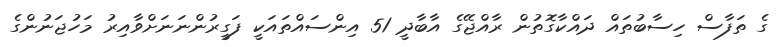
ގެ ތަފާސް ހިސާބުތައް ދައްކާގޮތުން ރާއްޖޭގެ އާބާދީ 51 އިންސައްތައަކީ ފަގީރުންނަނަށްވާއިރު މަހުޖަނުންގެ